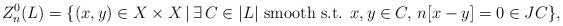
LaTeX: \begin{align*}Z^0_n(L)= \{(x,y)\in X\times X\, |\, \exists \, C\in |L| \mbox{ smooth s.t. }x,y\in C, \,n[x-y]=0\in JC\},\end{align*}